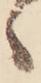
ゝ